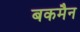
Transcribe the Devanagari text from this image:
बकमैन